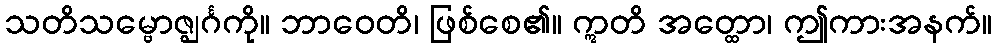
သတိသမ္ဗောဇ္ဈင်္ဂကို။ ဘာဝေတိ၊ ဖြစ်စေ၏။ ဣတိ အတ္ထော၊ ဤကားအနက်။